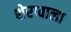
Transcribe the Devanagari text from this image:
शेरावाला